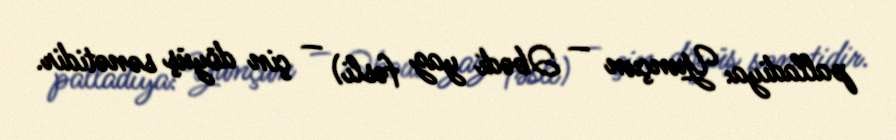
palladiya: Yunçun — Əbədi yaz fəsli) — çin döyüş sənətidir.